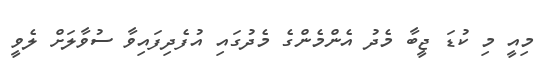
މިއީ މި ކުޑަ ޖީބާ މެދު އެންމެންގެ މެދުގައި އުފެދިފައިވާ ސުވާލަށް ލެވީ